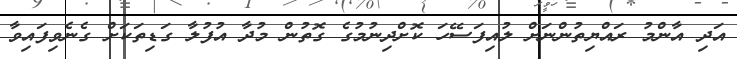
އަދި އާންމު ރައްޔިތުންނަށް ލުއިފަސޭހަ ކޮށްދިނުމުގެ ގޮތުން މުދާ އުފުލާ ގަޑިތަކަށް ގެނެވިފައިވާ